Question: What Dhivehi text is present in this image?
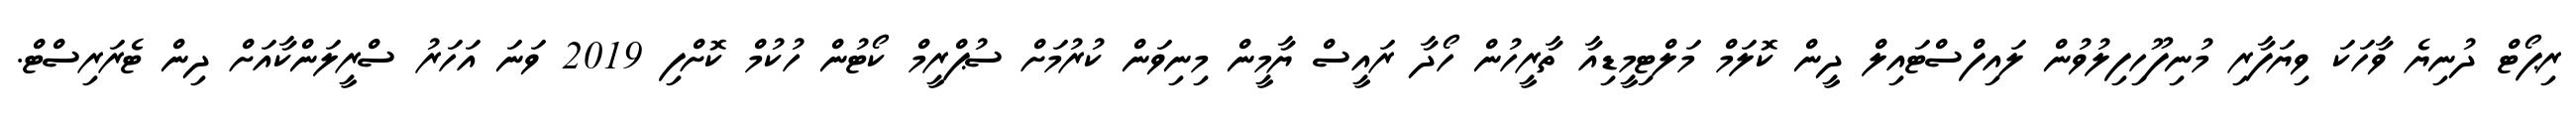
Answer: ރިޕޯޓް ދުނިޔެ ވާހަކަ ވިޔަފާރި މުނިފޫހިފިލުވުން ލައިފްސްޓައިލް ދީން ކޮލަމް މަލްޓިމީޑިއާ ތާރީހުން ހޯދާ ރައީސް ޔާމީން މިނިވަން ކުރުމަށް ސުޕްރީމް ކޯޓުން ހުކުމް ކޮށްފި 2019 ވަނަ އަހަރު ސްރީލަންކާއަށް ދިން ޓެރަރިސްޓް.